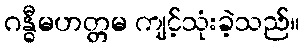
ဂန္ဓီမဟတ္တမ ကျင့်သုံးခဲ့သည်။